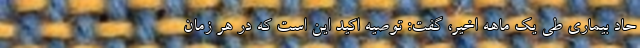
حاد بیماری طی یک ماهه اخیر، گفت: توصیه اکید این است که در هر زمان